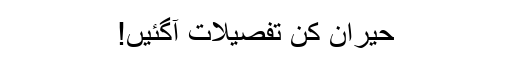
حیران کن تفصیلات آگئیں!